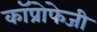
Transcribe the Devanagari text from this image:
कॉप्रोफेजी